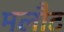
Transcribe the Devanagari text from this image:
मलौट